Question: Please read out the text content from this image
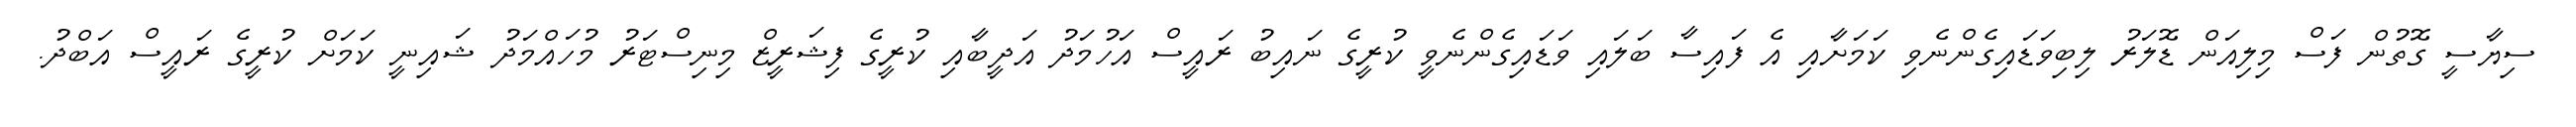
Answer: ސިޔާސީ ގޮތުން ފަސް މިލިއަން ޑޮލަރު ލިބިވަޑައިގެންނެވި ކަމަށާއި އެ ފައިސާ ބަލައި ވަޑައިގެންނެވީ ކުރީގެ ނައިބު ރައީސް އަހުމަދު އަދީބާއި ކުރީގެ ފިޝަރީޒް މިނިސްޓަރު މުހައްމަދު ޝައިނީ ކަމަށް ކުރީގެ ރައީސް އަބްދު.